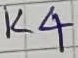
Text: K4